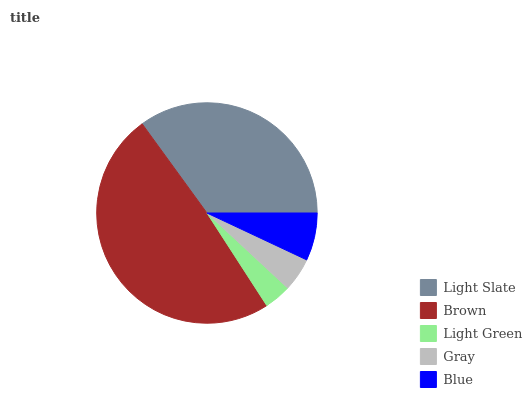
| Light Slate | Brown | Light Green | Gray | Blue |
 | --- | --- | --- | --- | --- |
 | 35% | 49.1% | 3.94% | 4.93% | 6.98% |